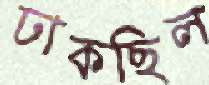
ঢাকছিল